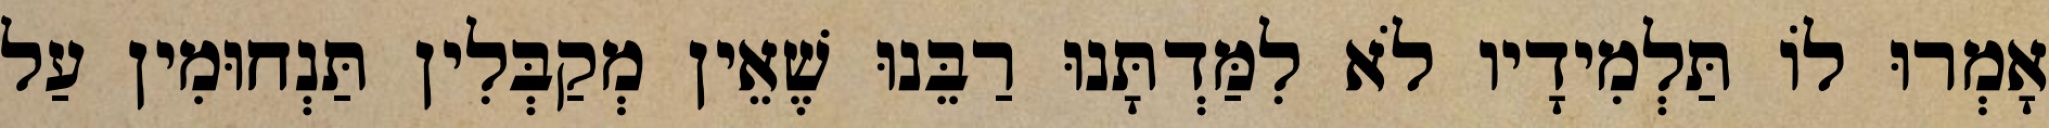
אָמְרוּ לוֹ תַּלְמִידָיו לֹא לִמַּדְתָּנוּ רַבֵּנוּ שֶׁאֵין מְקַבְּלִין תַּנְחוּמִין עַל